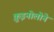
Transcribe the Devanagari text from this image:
क़ुइनोलोने